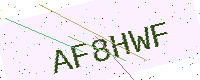
Text: AF8HWF